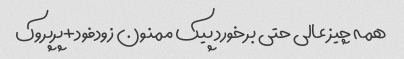
همه چیز عالی حتی برخورد پیک ممنون زودفود+پرپروک